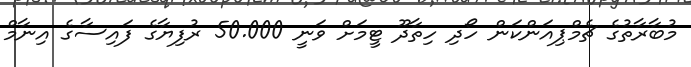
މުބާރާތުގެ ޗެމްޕިއަންކަން ހޯދި ހިތާދޫ ޓީމަށް ވަނީ 50.000 ރުފިޔާގެ ފައިސާގެ އިނާމް